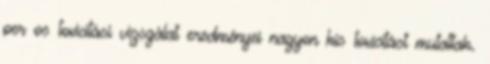
per os toxicitási vizsgálat eredményei nagyon kis toxicitást mutattak.